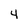
Character: 4